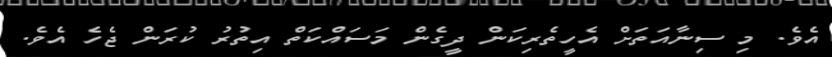
އެވެ. މި ސިނާއަތަށް އެހީތެރިކަން ދީގެން މަސައްކަތް އިތުރު ކުރަން ޖެހެ އެވެ.